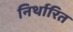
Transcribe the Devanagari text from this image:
निर्थारित